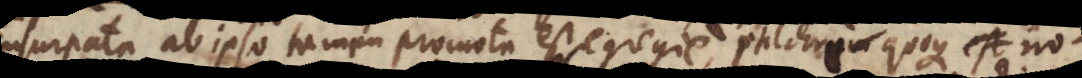
usurpata, ab ipso tamen promota est egregie. Pulchre quoque notavit